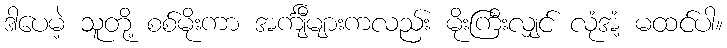
ဒါပေမဲ့ သူတို့ စစ်မိုးကာ အင်္ကျီများကလည်း မိုးကြီးလျှင် လုံအံ့ မထင်ပါ။